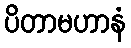
ပိတာမဟာနံ